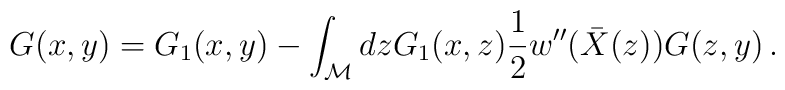
G(x,y)=G_1(x,y)-\int_{\cal M} dz G_1(x,z)\frac 12 w''(\bar X(z))G(z,y) \, .